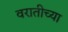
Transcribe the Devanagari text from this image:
वरातीच्या